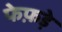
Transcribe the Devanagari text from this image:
फेफ़ड़े